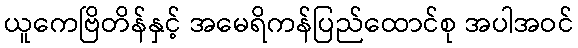
ယူကေဗြိတိန်နှင့် အမေရိကန်ပြည်ထောင်စု အပါအဝင်